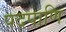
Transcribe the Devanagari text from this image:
पदपाणि